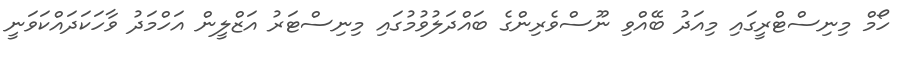
ހޯމް މިނިސްޓްރީގައި މިއަދު ބޭއްވި ނޫސްވެރިންގެ ބައްދަލުވުމުގައި މިނިސްޓަރު އަޒްލީން އަހްމަދު ވާހަކަދައްކަވަނީ